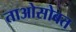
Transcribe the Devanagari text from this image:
ताओसोबत